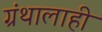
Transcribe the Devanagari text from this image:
ग्रंथालाही